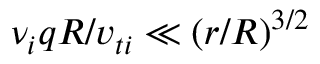
\nu _ { i } q R / v _ { t i } \ll ( r / R ) ^ { 3 / 2 }